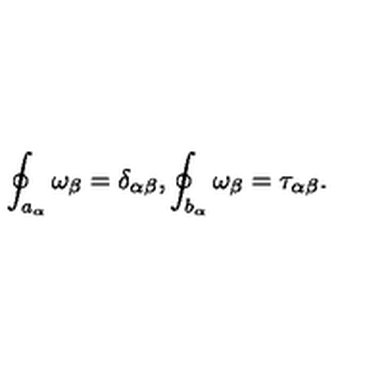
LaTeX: \oint _ { a _ { \alpha } } \omega _ { \beta } = \delta _ { \alpha \beta } , \oint _ { b _ { \alpha } } \omega _ { \beta } = \tau _ { \alpha \beta } .